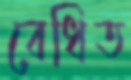
বেধিত